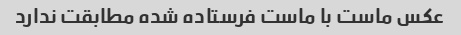
عکس ماست با ماست فرستاده شده مطابقت ندارد